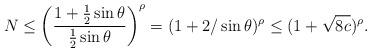
LaTeX: \begin{align*}N\leq \left(\frac{1+\frac{1}{2}\sin\theta}{\frac{1}{2}\sin\theta}\right)^\rho=(1+2/\sin\theta)^\rho\leq (1+\sqrt{8c})^\rho.\end{align*}